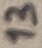
Text: 13